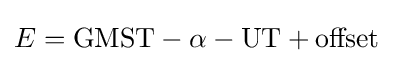
E=\mathrm {GMST} -\alpha -\mathrm {UT} +\mathrm {offset}